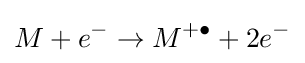
M+e^{-}\to M^{+\bullet }+2e^{-}